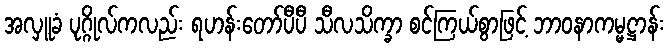
အလှူခံ ပုဂ္ဂိုလ်ကလည်း ရဟန်းတော်ပီပီ သီလသိက္ခာ စင်ကြယ်စွာဖြင့် ဘာဝနာကမ္မဋ္ဌာန်း